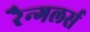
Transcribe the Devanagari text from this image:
रैन्गलर्स